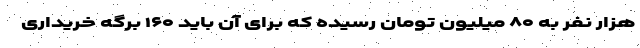
هزار نفر به ۸۰ میلیون تومان رسیده که برای آن باید ۱۶۰ برگه خریداری